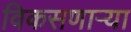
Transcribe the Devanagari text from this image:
विकसणाऱ्या